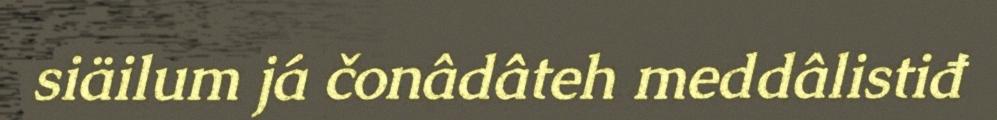
siäilum já čonâdâteh meddâlistiđ